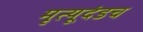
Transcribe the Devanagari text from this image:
मृत्यूदंडच